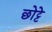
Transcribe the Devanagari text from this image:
छोट्टे